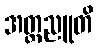
အတ္တညူတိ